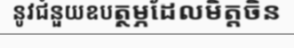
នូវជំនួយឧបត្ថម្ភដែលមិត្តចិន